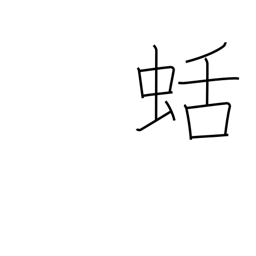
Meaning: kind of slug